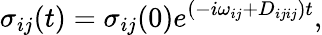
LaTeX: \sigma_{ij}(t)=\sigma_{ij}(0)e^{(-i\omega_{ij}+D_{ijij})t},